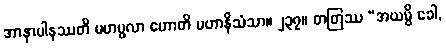
အာနာပါနဿတိ မဟပ္ဖလာ ဟောတိ မဟာနိသံသာ။ ၂၃၇။ တတြဿ “အယမ္ပိ ခေါ,